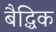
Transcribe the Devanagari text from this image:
बैद्धिक